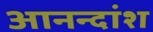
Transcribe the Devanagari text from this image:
आनन्दांश